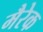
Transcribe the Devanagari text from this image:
मैरेक